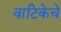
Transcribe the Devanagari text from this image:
वाटिकेचे